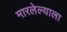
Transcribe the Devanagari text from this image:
मारलेल्‍याला